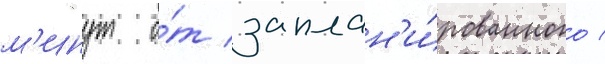
м'инут о́т заплан'и́рованного /